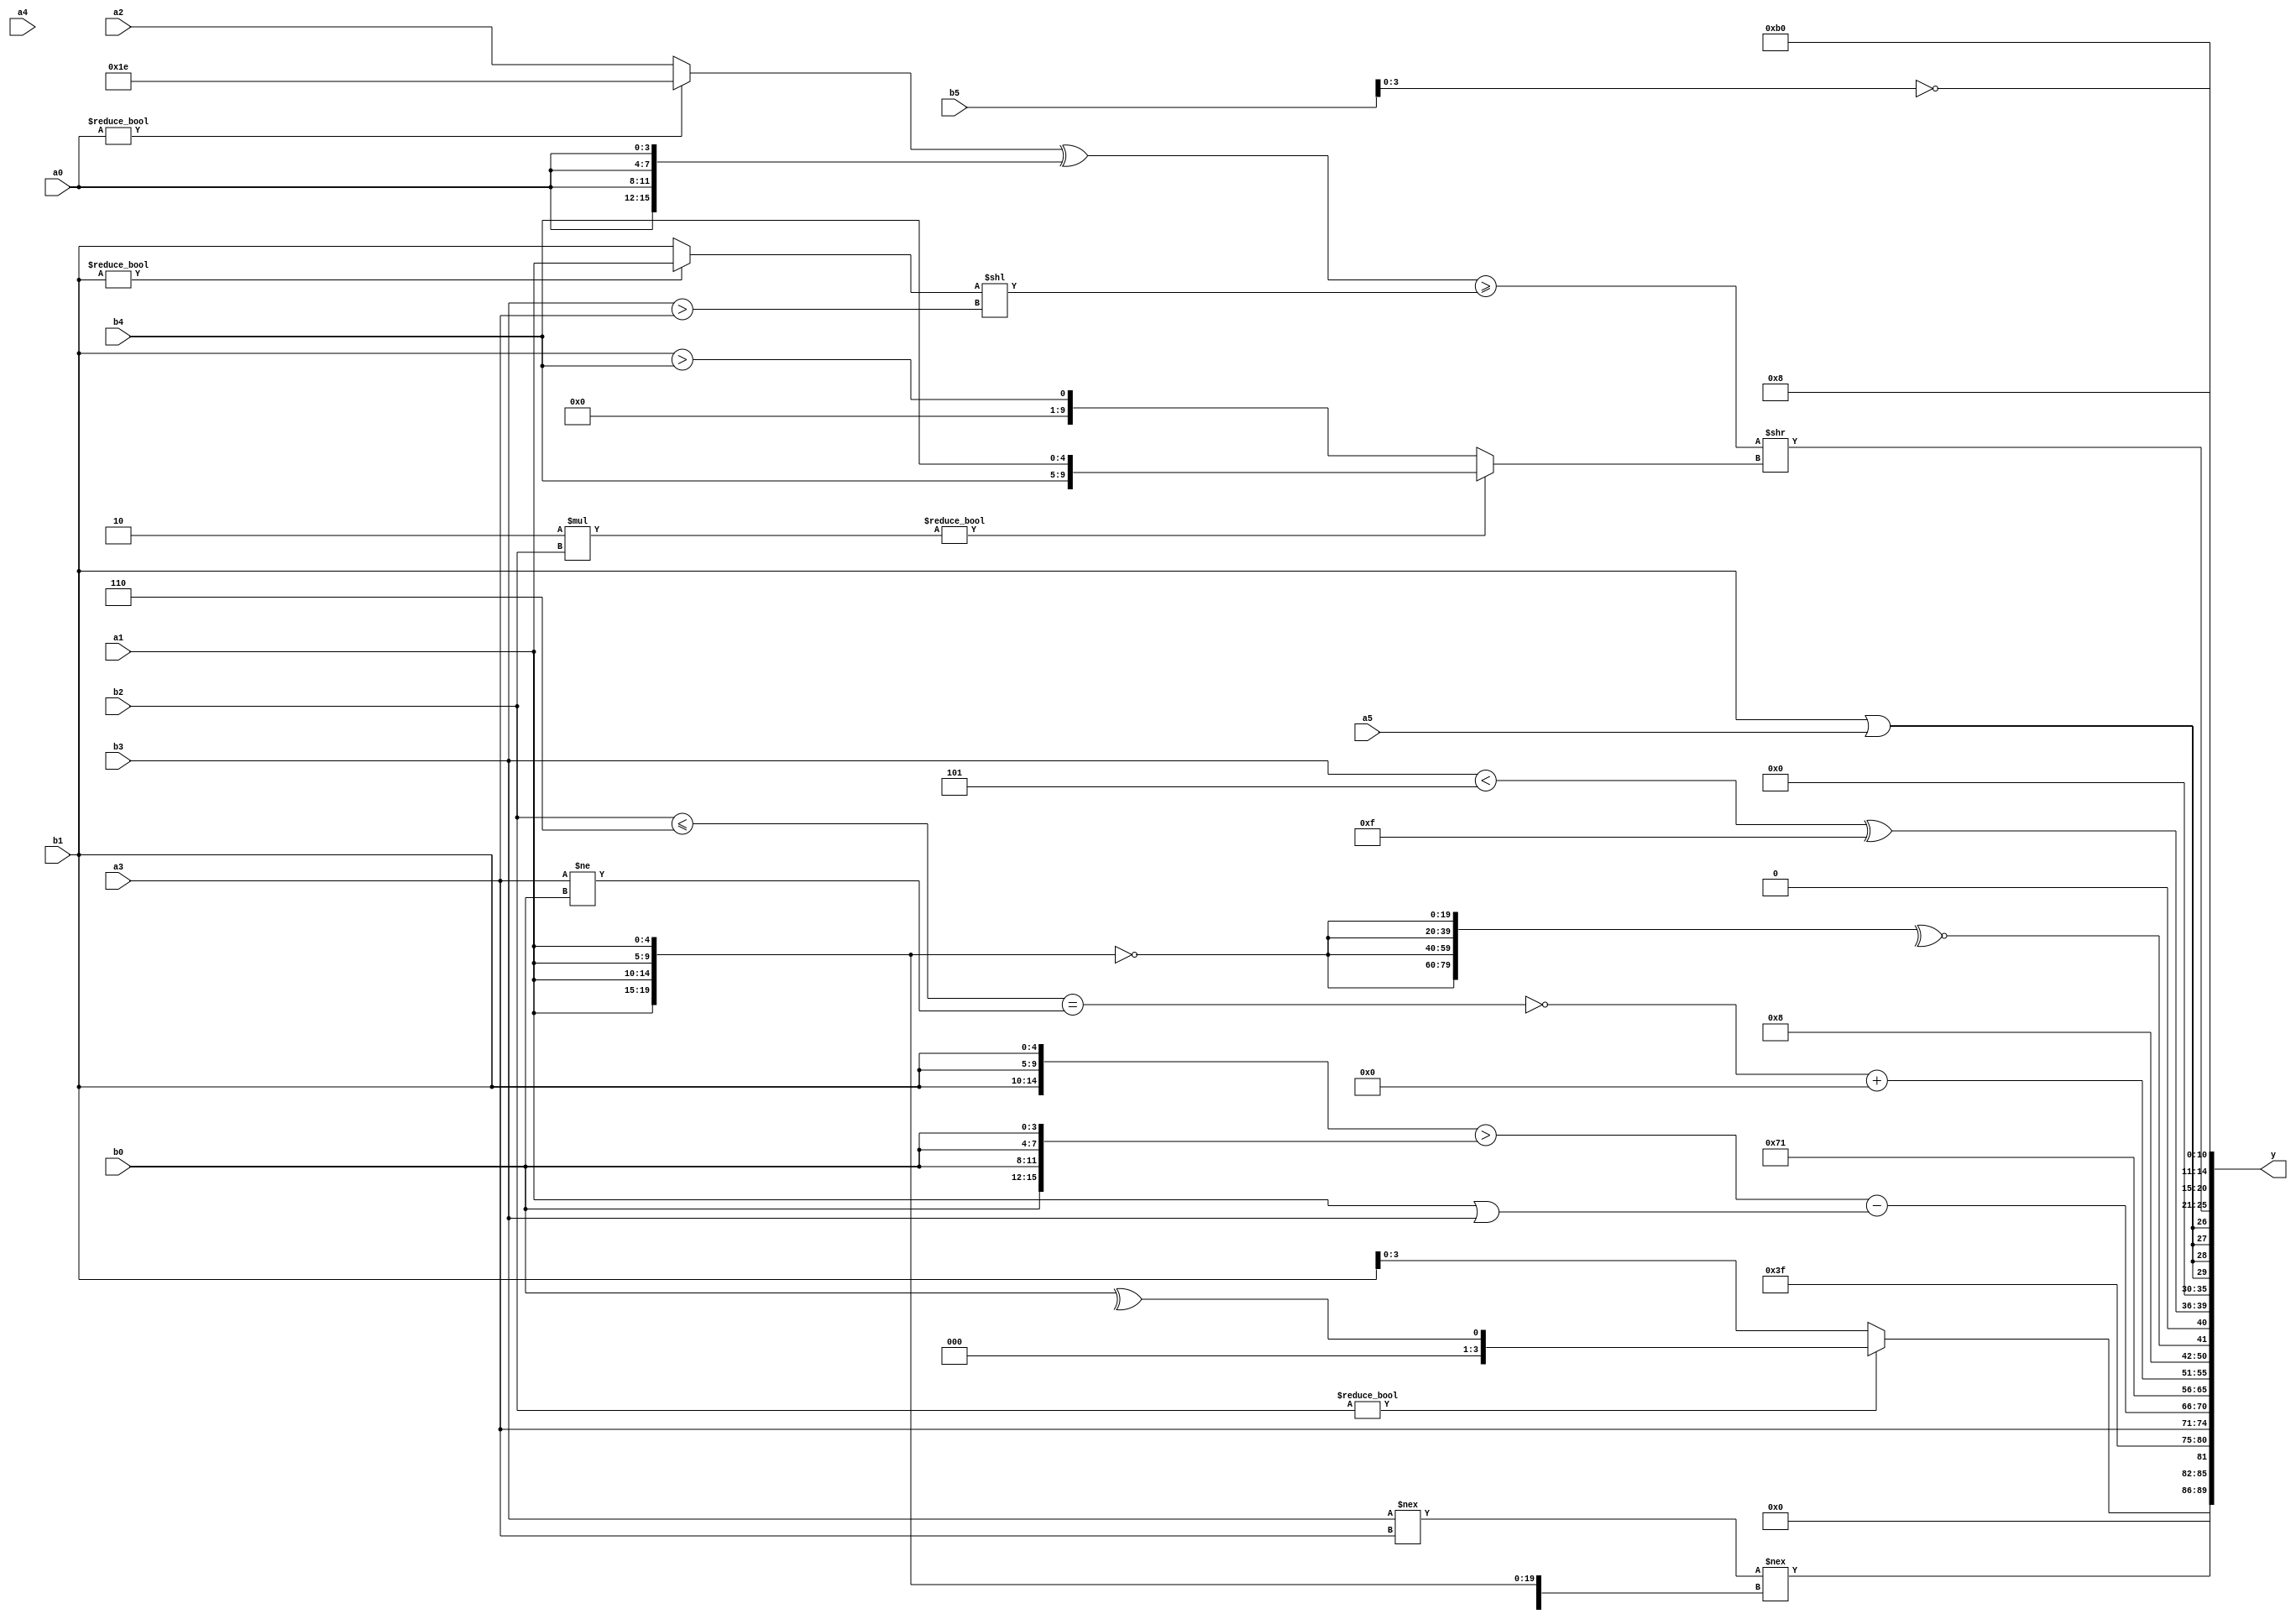
module expression_00036(a0, a1, a2, a3, a4, a5, b0, b1, b2, b3, b4, b5, y);
  input [3:0] a0;
  input [4:0] a1;
  input [5:0] a2;
  input signed [3:0] a3;
  input signed [4:0] a4;
  input signed [5:0] a5;

  input [3:0] b0;
  input [4:0] b1;
  input [5:0] b2;
  input signed [3:0] b3;
  input signed [4:0] b4;
  input signed [5:0] b5;

  wire [3:0] y0;
  wire [4:0] y1;
  wire [5:0] y2;
  wire signed [3:0] y3;
  wire signed [4:0] y4;
  wire signed [5:0] y5;
  wire [3:0] y6;
  wire [4:0] y7;
  wire [5:0] y8;
  wire signed [3:0] y9;
  wire signed [4:0] y10;
  wire signed [5:0] y11;
  wire [3:0] y12;
  wire [4:0] y13;
  wire [5:0] y14;
  wire signed [3:0] y15;
  wire signed [4:0] y16;
  wire signed [5:0] y17;

  output [89:0] y;
  assign y = {y0,y1,y2,y3,y4,y5,y6,y7,y8,y9,y10,y11,y12,y13,y14,y15,y16,y17};

  localparam [3:0] p0 = (~(((!(+(3'sd2)))&((-3'sd2)+(-4'sd4)))&&((~^(|(-2'sd1)))-((3'sd3)>>>(5'd6)))));
  localparam [4:0] p1 = (((4'd9)>(4'd0))<<(2'd2));
  localparam [5:0] p2 = (((~&(2'sd0))?((3'sd2)?(3'sd2):(-2'sd0)):((-5'sd3)!=(3'd5)))+{2{(|((5'sd5)?(4'sd4):(3'd5)))}});
  localparam signed [3:0] p3 = {4{((-3'sd2)?(5'sd11):(4'sd4))}};
  localparam signed [4:0] p4 = {4{(~|(-4'sd1))}};
  localparam signed [5:0] p5 = ((((-5'sd2)?(2'd3):(-4'sd1))?(2'd2):((5'd30)?(2'sd1):(-4'sd6)))|(4'd5));
  localparam [3:0] p6 = ((&({(-3'sd1),(3'sd3),(4'sd5)}<<<{4{(3'sd0)}}))!==((+(3'd3))?(&(-4'sd0)):((2'd1)===(4'd9))));
  localparam [4:0] p7 = (-3'sd2);
  localparam [5:0] p8 = (((2'd0)<=(3'd4))/(5'd21));
  localparam signed [3:0] p9 = (~|((((2'd1)>(2'sd1))?((2'd2)>>>(4'sd7)):{1{(-4'sd6)}})!=={1{(~|(~{2{((2'd3)?(2'd0):(4'sd4))}}))}}));
  localparam signed [4:0] p10 = (((~&(3'sd3))?{(4'sd3)}:{2{(2'sd1)}})^~(((-5'sd1)?(2'd1):(5'd29))<{1{(^(3'sd1))}}));
  localparam signed [5:0] p11 = (5'd2 * ((4'd11)>>>(5'd21)));
  localparam [3:0] p12 = {3{(5'sd8)}};
  localparam [4:0] p13 = {2{{((6'd2 * (2'd0))^~{4{(3'sd1)}})}}};
  localparam [5:0] p14 = {2{((~^((2'sd1)||(4'd9)))^{(-5'sd0),(4'd6)})}};
  localparam signed [3:0] p15 = ({{{(5'sd3)},((4'd0)+(3'sd1)),((3'sd0)<(-2'sd1))}}!=={((-3'sd0)^(3'd2)),((-3'sd0)||(-2'sd0)),((-3'sd1)-(5'sd0))});
  localparam signed [4:0] p16 = (((-4'sd2)?(5'd11):(5'd14))||(((3'sd2)<<<(2'd0))>>>(~(2'd3))));
  localparam signed [5:0] p17 = ((|{3{(-5'sd3)}})+(+((3'd3)|(2'sd0))));

  assign y0 = {(+($signed(b3)?(-p16):(-a0))),((p8?a2:b2)?(^b0):{p8,b1})};
  assign y1 = {1{($signed($signed({2{$unsigned((b3!==a3))}}))!==$signed($unsigned({3{{4{a1}}}})))}};
  assign y2 = (~p11);
  assign y3 = {(3'sd3),({p10,p7,p8}>={p17}),{4{a3}}};
  assign y4 = $signed(($signed(({3{b1}}>{4{b0}}))-{((b0&b2)),$unsigned((b1+a0)),$signed((a1|b3))}));
  assign y5 = {3{(a0===a0)}};
  assign y6 = ((-(-5'sd14))?$signed({1{{3{p16}}}}):($signed(a0)==={b5,a3,a2}));
  assign y7 = ((~|((b2<=p14)==(a3!=b0)))+(-((~&(a4*a0))===(4'sd5))));
  assign y8 = (|(-$signed({2{(3'd3)}})));
  assign y9 = (~^{4{(~{4{a1}})}});
  assign y10 = ((2'd2)?((b3<p2)^{p13,p4,p0}):({2{p12}}|(p17-b5)));
  assign y11 = {2{{3{(-3'sd0)}}}};
  assign y12 = {4{(b1||a5)}};
  assign y13 = ((((a0?p7:a2)^{4{a0}})>=((b1?a1:b1)<<(b3>a3)))>>((4'd2 * b2)?{2{b4}}:(b1>b4)));
  assign y14 = ((-2'sd1)?$unsigned((4'd8)):($signed(p13)?(-2'sd0):(b3===b1)));
  assign y15 = (~b5);
  assign y16 = ((-5'sd13)+(p4?p5:p0));
  assign y17 = (({p13,p5,p12}<<<(!p16))<<<(3'd1));
endmodule